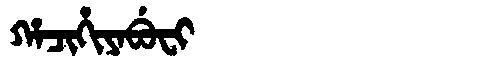
Manchu: ᡥᠠᠴᡳᡥᡳᠶᠠᠪᡠᠸᡳ
Romanization: HACIHIYABUFI